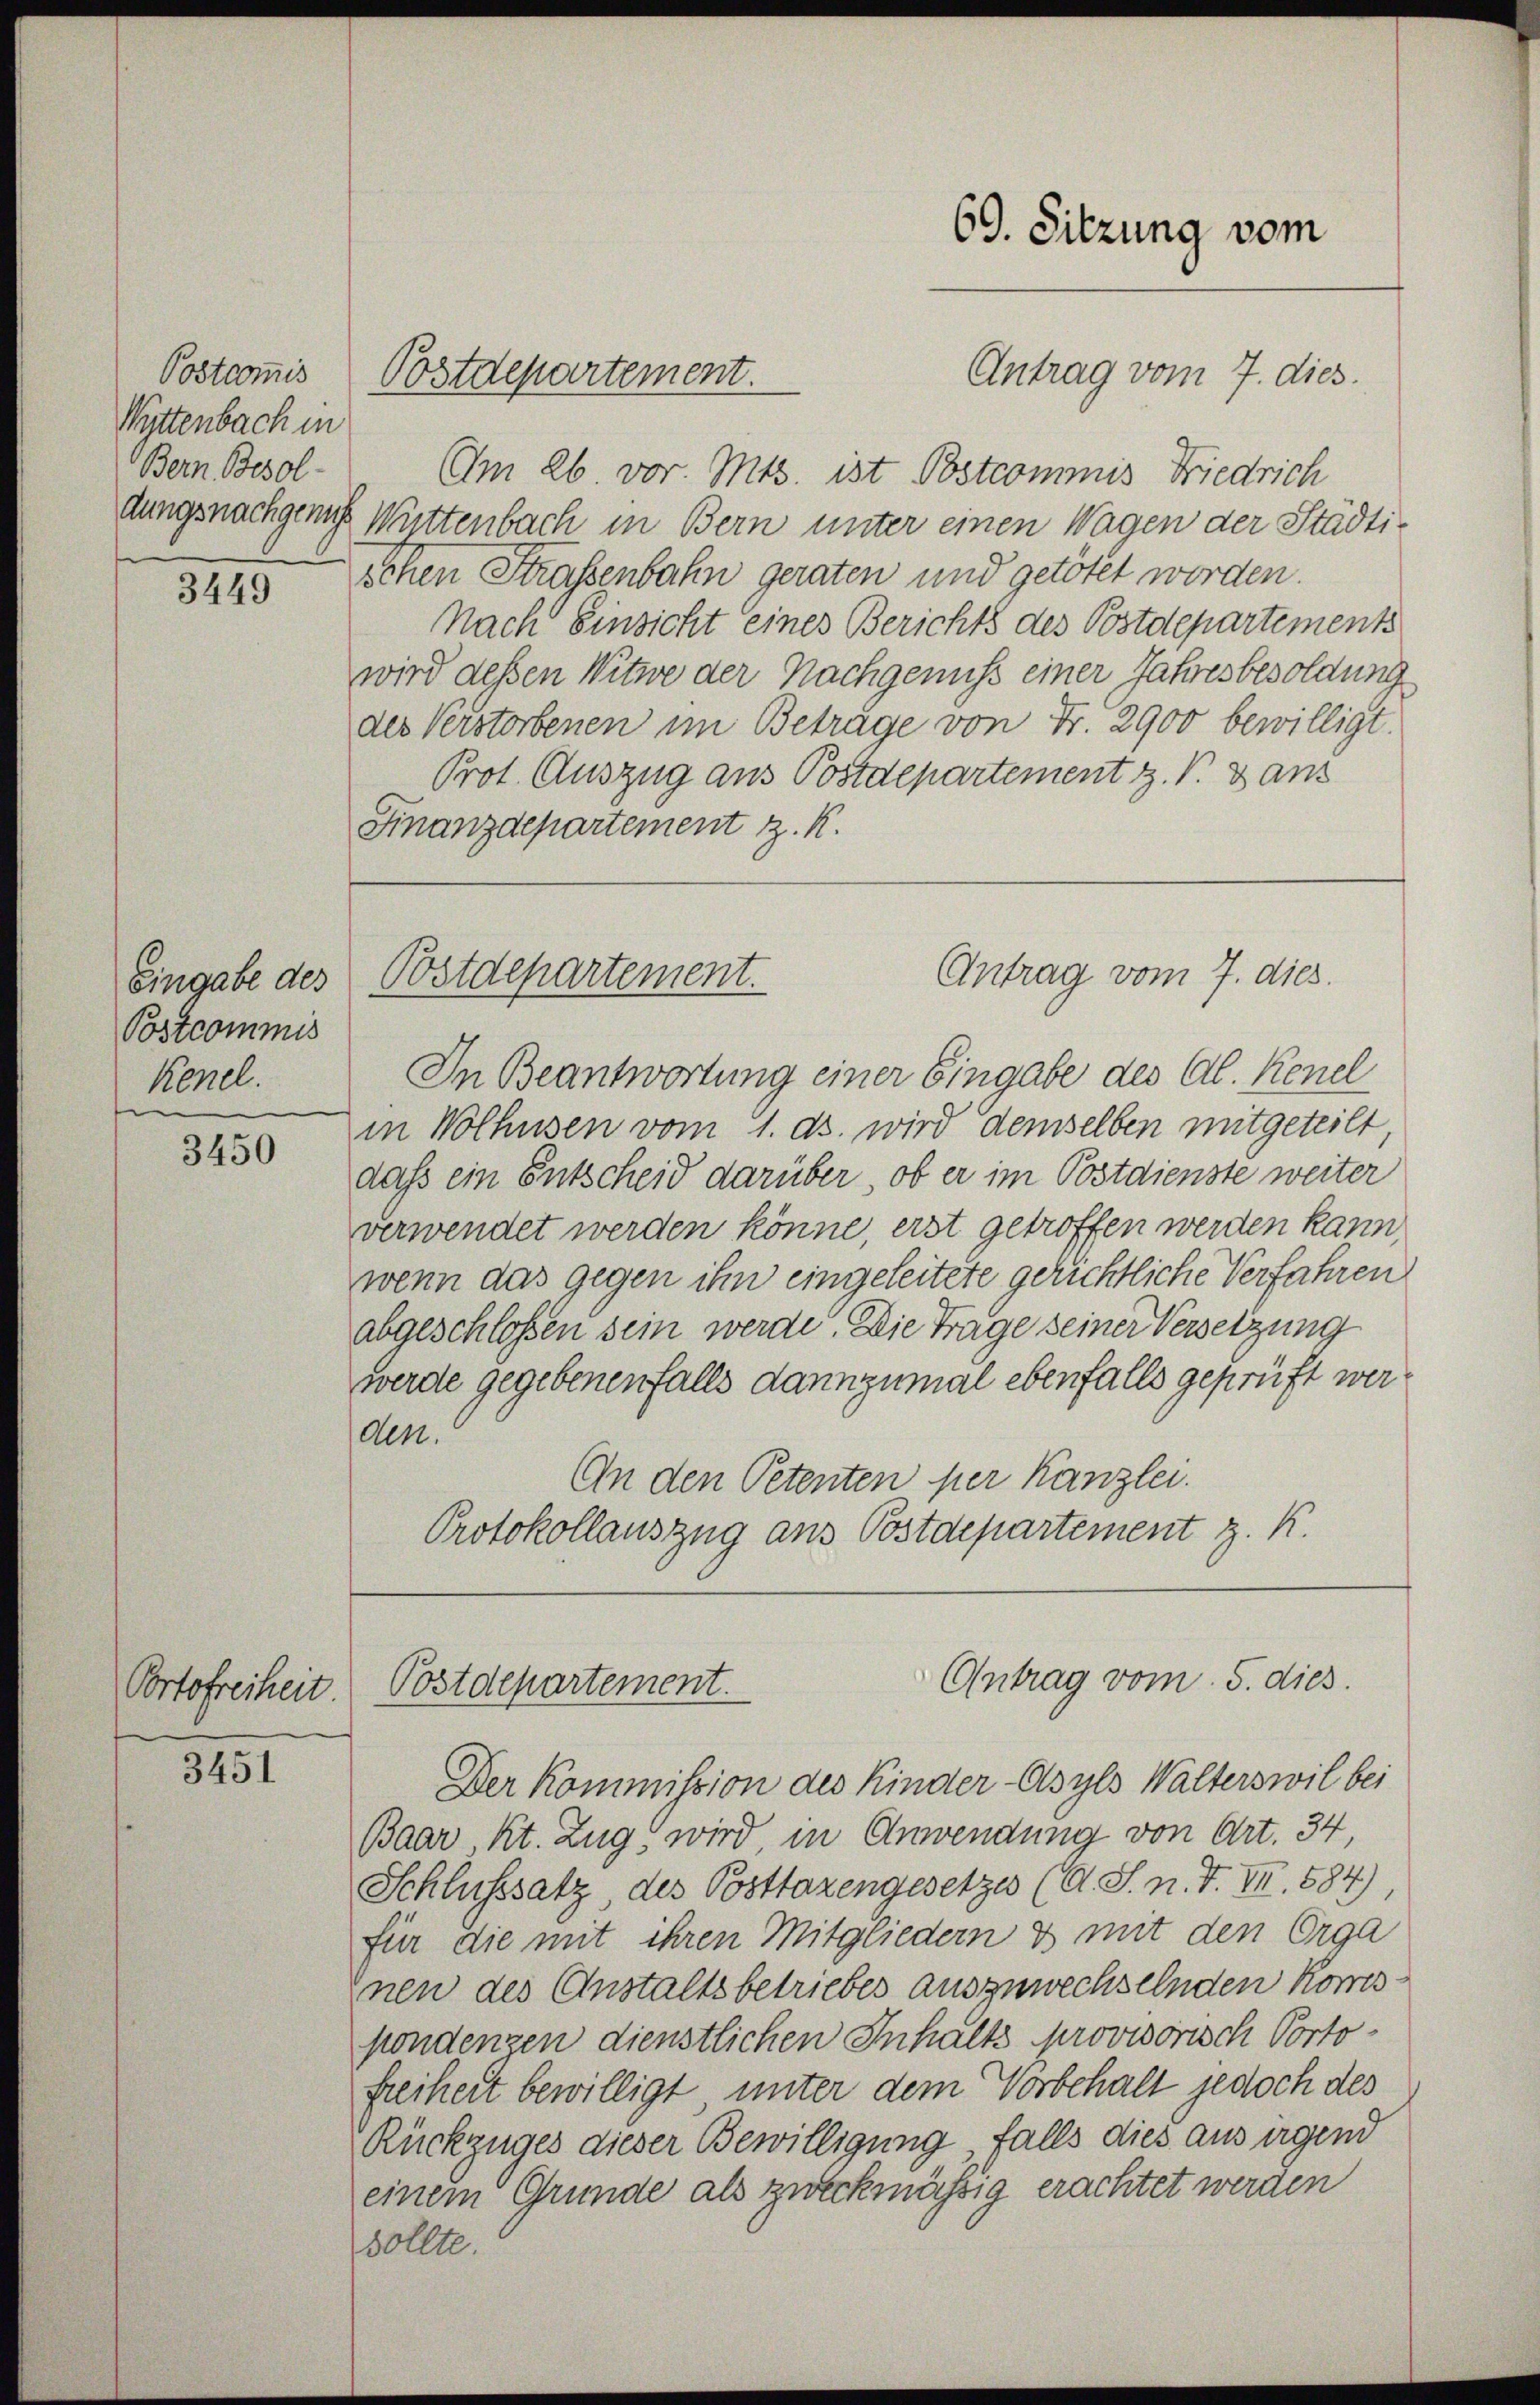
Postcom̅is
Wittenbach in
Bern Besol
dungsnachgenug.

3449

Eingabe des
Postcommis
Kenel.

3450

Portofreiheit

3451

Am 26 vor. Mts. ist Postcommis Friedrich
Wüttenbach in Bern unter einen Wagen der Städtischen Straßenbahn geraten und getötet worden.
Nach Einsicht eines Berichts des Postdepartements
wird dessen Witwe der Nachgenuß einer Jahresbesoldung
des Verstorbenen im Beträge von Fr. 2900 bewilligt.
Prot. Auszug aus Postdepartement z. V. Dans
Finanzdepartement z. K.

Postdepartement.

In Beantwortung einer Eingabe des Al. Kenel
in Wolhusen vom 1. ds. wird demselben mitgeteilt
daß ein Entscheid darüber, ob er im Postdienste weiter
verwendet werden könne erst getroffen werden kann,
wenn das gegen ihn eingeleitete gerichtliche Verfahren
abgeschlossen sein werde. Die Trage seiner Versetzung
werde gegebenenfalls dannzumal ebenfalls geprüft werden.
An den Petenten per Kanzlei.
Protokollauszug aus Postdepartement z. K.

Postdepartement.

69. Sitzung vom

Antrag vom 7. dies

Antrag vom 7. dies.

Antrag vom 5. dies
Postdepartement.

Der Kommission des Kinder Asyls Walterswil bei
Baar Kt. Zug wird in Anwendung von Art. 34,
Schlußsatz, des Posttazengesetzes (O. S. n. F. VII. 1884).
für die mit ihren Mitgliedern es mit den Orga
Inen des Anstaltsbetriebes auszuwechselnden Komispondenzen dienstlichen Inhalts provisorisch Portofreiheit bewilligt, unter dem Vorbehalt jedoch des
Rückzuges dieser Bewilligung falls dies aus irgend
einem Grunde als zweckmässig erachtet werden
sollte.